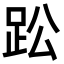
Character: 𮛌